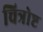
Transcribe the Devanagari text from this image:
चित्रोष्ट